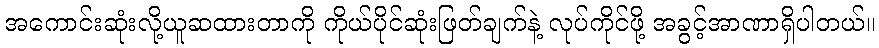
အကောင်းဆုံးလို့ယူဆထားတာကို ကိုယ်ပိုင်ဆုံးဖြတ်ချက်နဲ့ လုပ်ကိုင်ဖို့ အခွင့်အာဏာရှိပါတယ်။